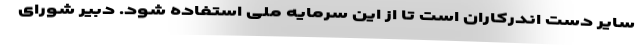
سایر دست اندرکاران است تا از این سرمایه ملی استفاده شود. دبیر شورای